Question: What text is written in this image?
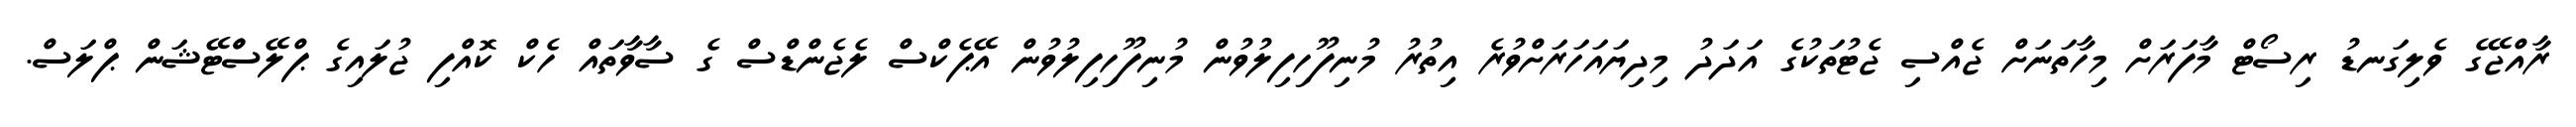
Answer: ރާއްޖޭގެ ވެލިގަނޑު ރިސޯޓް މާފަރަށް މިހާތަނަށް ޖެއްސި ޖެޓުތަކުގެ އަދަދު މިދިޔައަހަރަށްވުރެ އިތުރު މުނިފޫހިފިލުވުން މުނިފޫހިފިލުވުން އޭޕެކްސް ލެޖެންޑްސް ގެ ސާވާތައް ހެކް ކޮއްފި ޖުލައިގެ ޕްލޭސްްޓޭޝަން ޕްލަސް.